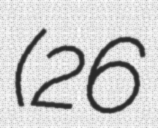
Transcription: (26